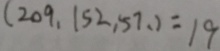
( 2 0 9 , 1 5 2 , 5 7 、 ) = 1 9